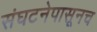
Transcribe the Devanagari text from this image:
संघटनेपासूनच